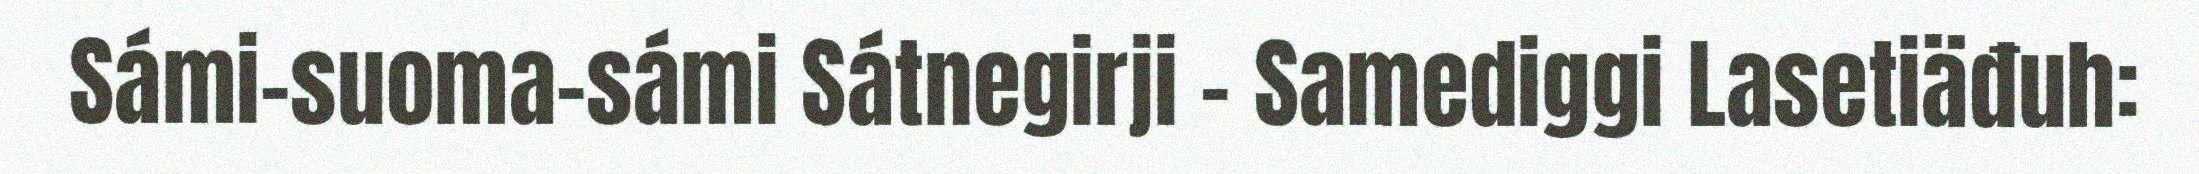
Sámi-suoma-sámi Sátnegirji – Samediggi Lasetiäđuh: